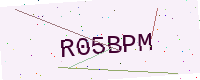
Text: R05BPM